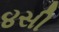
૪સી